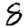
Digit: 8